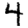
Digit: 4